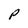
Character: P